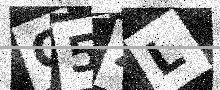
Text: C5ZL